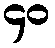
၄၀